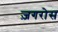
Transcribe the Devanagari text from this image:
ज़गरोस